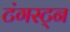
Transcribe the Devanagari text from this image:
टंगस्ट्न